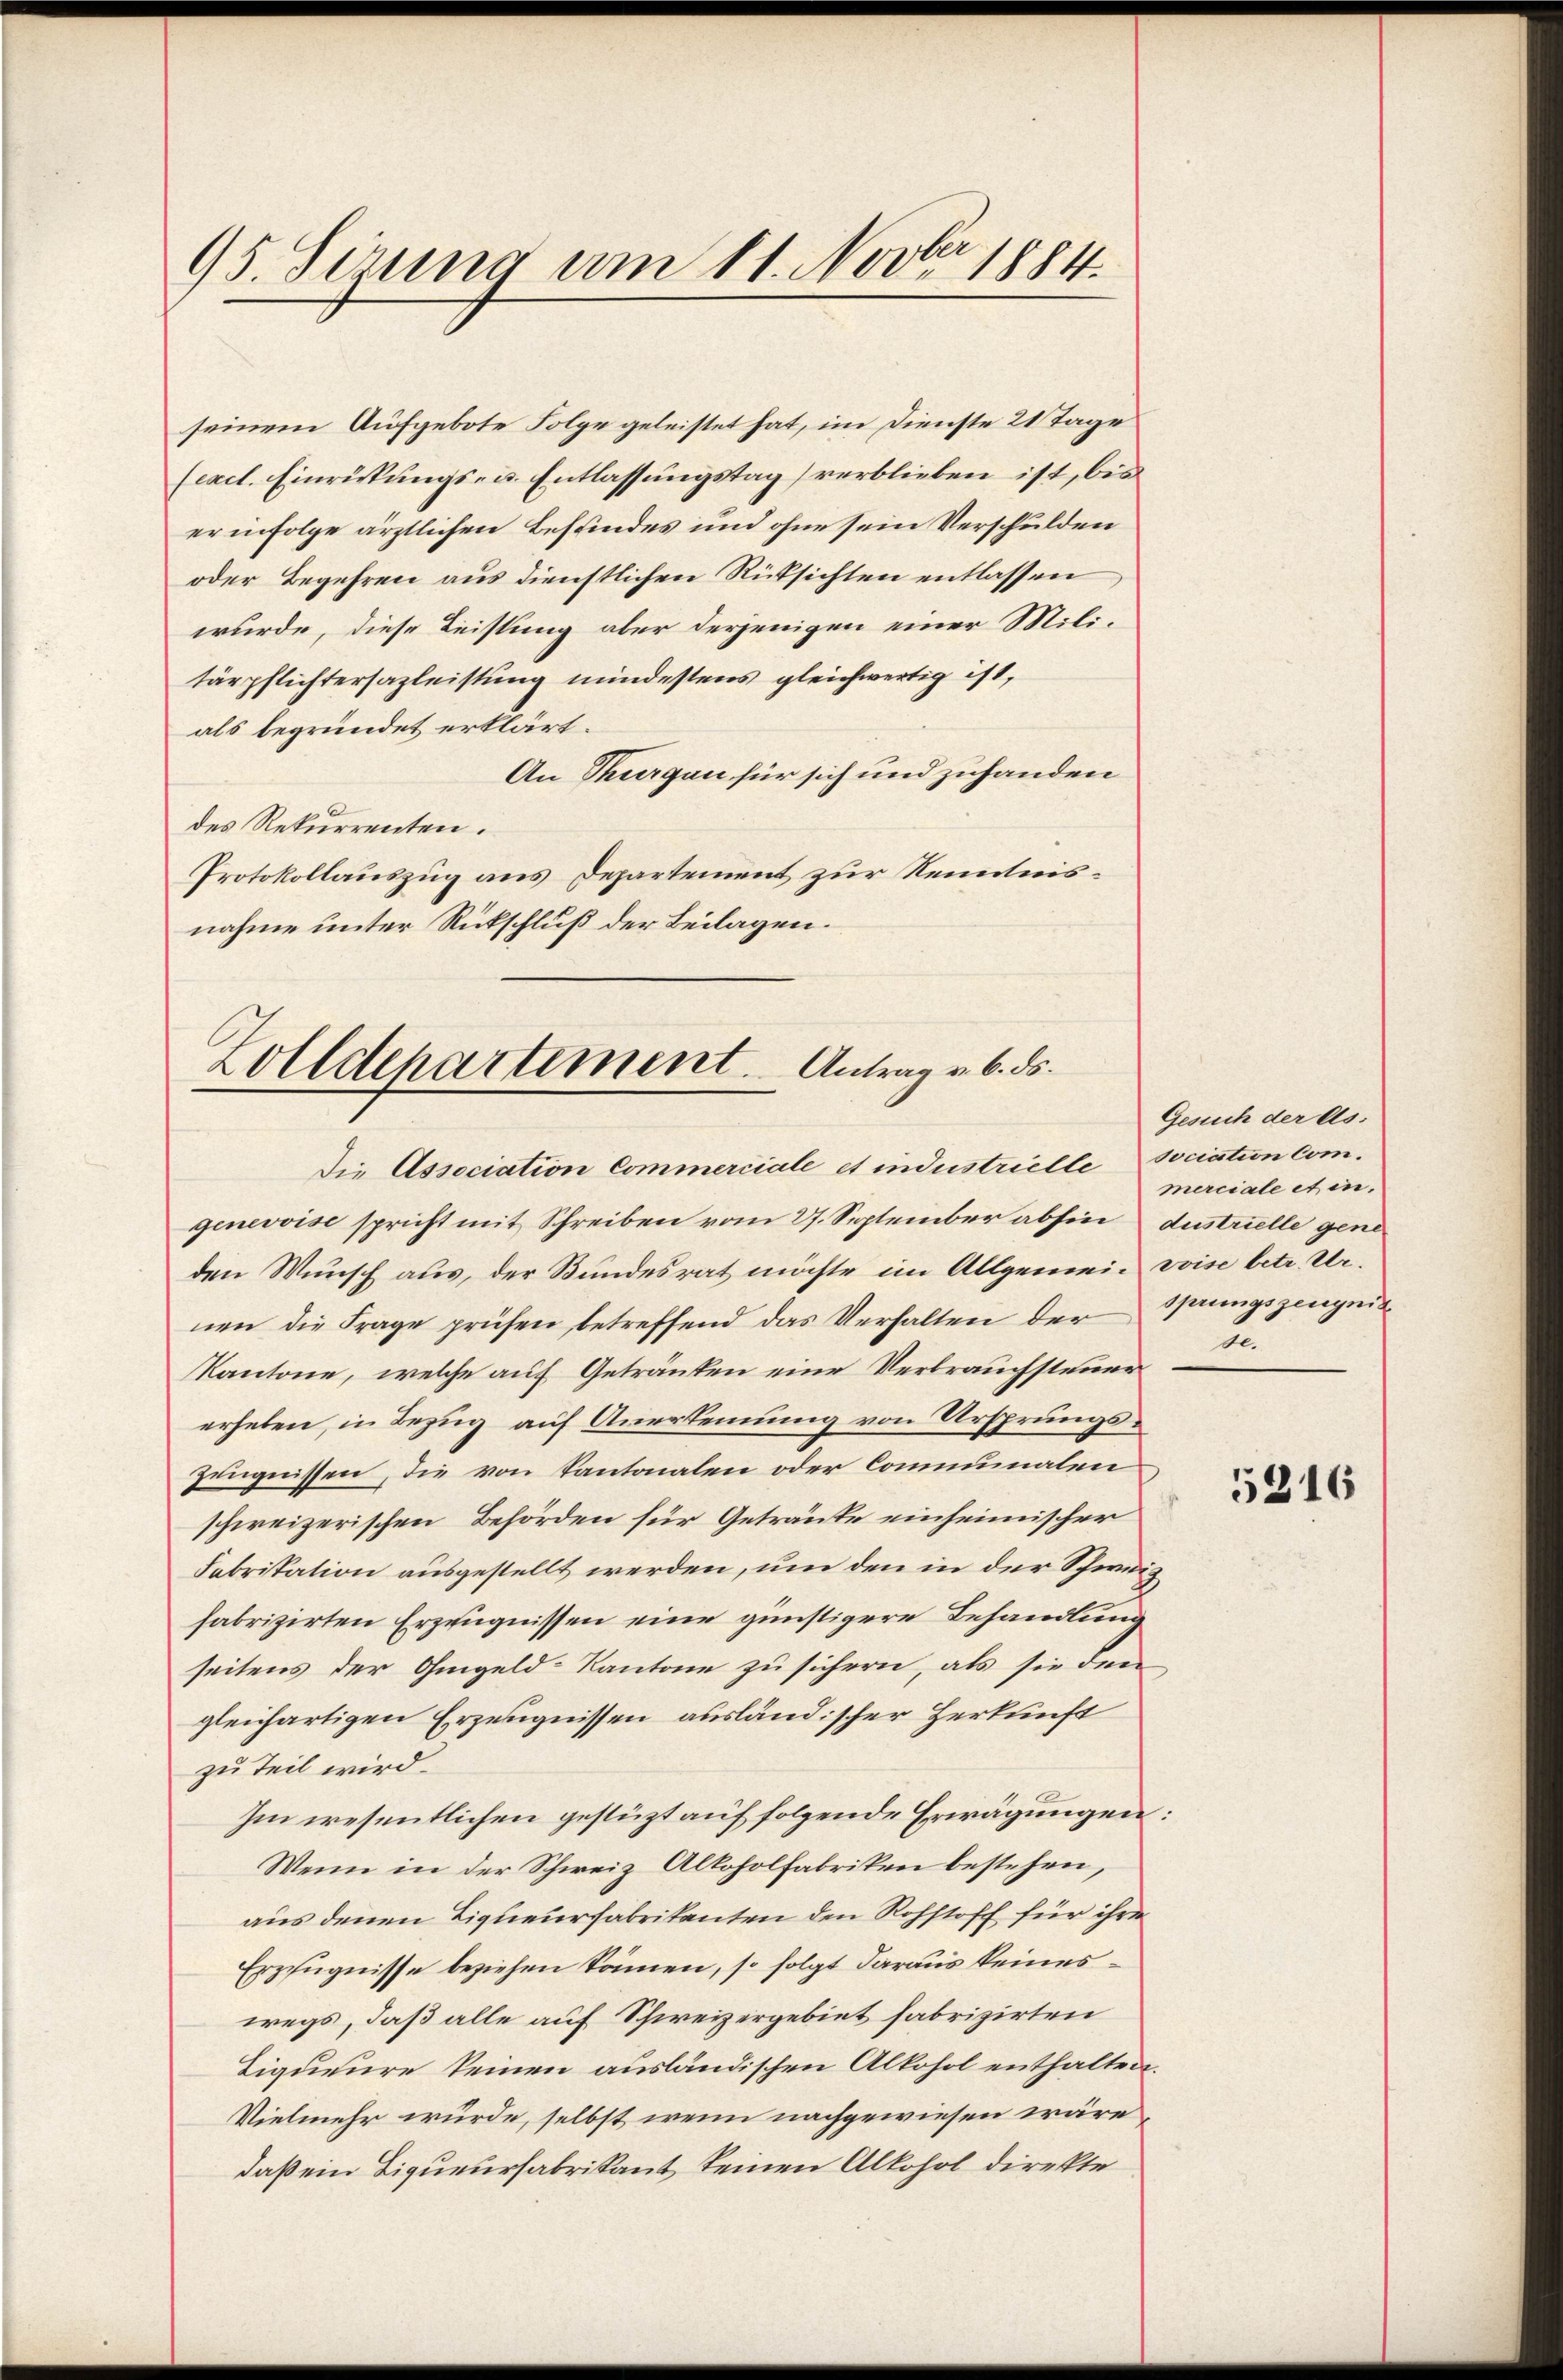
95. Sirung am 11. Nov. 1884.

seinem Aufgebote Folge geleistet hat, im Dienste 21 Tage
sexcl. Einrickungs- u. Entlassungstag verblieben ist, bis
er in Folge ärztlichen Befundes und ohne sein Verschulden
oder Begehren aus dienstlichen Rücksichten entlassen
wurde, diese Leistung aber derjenigen einer Militärpflichtersazleistung mindestens gleichwertig ist,
als begründet erklärt.
An Thurgau für sich und zuhanden
des Rekurrenten.
Protokollauszug aus Departement zur Kenntnisnahme unter Rückschluß der Beilagen.

Zolldepartement. Antrag v. 6. ds.

Die Association Commerciale et industrielle sociation comgenevoise spricht mit Schreiben vom 27. September abhin Austrielle gene
den Wunsch aus, der Bundesrat möchte im Allgemein vise betr. Urnen die Frage prüfen betreffend das Verhalten der Sprungszeugnis
KKantone, welche auf Getränken eine Verbrauchsteuer
erheben, in Bezug auf Anerkennung von Ursprungszeugnissen, die von Kantonalen oder Communalen
schweizerischen Behörden für Getränke einheimischer
Fabrikation ausgestellt werden, um den in der Schweiz
fabrizirten Erzeugnissen eine günstigere Behandlung
seitens der Ohmgeld-Kantone zu sichern, als sie den
gleichartigen Erzeugnissen ausländischer Herkunft
zu Teil wird.
Im wesentlichen gestüzt auf folgende Erwägungen:
Wenn in der Schweiz Alkoholfabriken bestehen,
aus denen Ligueurfabrikanten den Rohstoff für ihre
Erzeugnisse beziehen können, so folgt daraus keineswegs, daß alle auf Schweizergebiet fabrizirten
Liqueure keinen ausländischen Alkohol enthalten.
Vielmehr würde, selbst, wenn nachgewiesen wäre,
daß ein Liqueurfabrikant keinen Alkohol direkte

Gesuch der As.
merciale et in
de.

5216